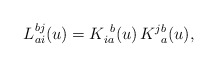
\begin{align*}L\mbox{}^{bj}_{ai}(u) = K\mbox{}^{\ b}_{ia}(u)\,K\mbox{}^{jb}_{\ a}(u), \end{align*}